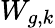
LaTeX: W_{g,k}